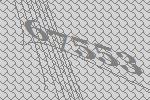
67553